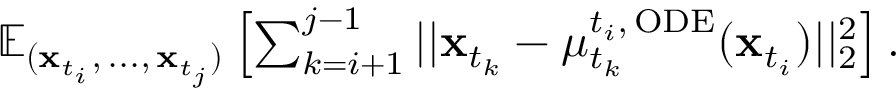
\begin{array} { r } { \mathbb { E } _ { ( \mathbf { x } _ { t _ { i } } , \, . . . , \, \mathbf { x } _ { t _ { j } } ) } \left[ \sum _ { k = i + 1 } ^ { j - 1 } | | \mathbf { x } _ { t _ { k } } - \mu _ { t _ { k } } ^ { t _ { i } , \, \mathrm { O D E } } ( \mathbf { x } _ { t _ { i } } ) | | _ { 2 } ^ { 2 } \right] . } \end{array}